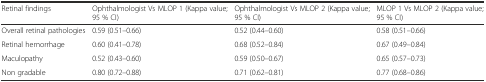
| Retinal findings | Ophthalmologist Vs MLOP 1 (Kappa value; 95 % CI) | Ophthalmologist Vs MLOP 2 (Kappa value; 95 % CI) | MLOP 1 Vs MLOP 2 (Kappa value; 95 % CI) |
 | --- | --- | --- | --- |
 | Overall retinal pathologies | 0.59 (0.51–0.66) | 0.52 (0.44–0.60) | 0.58 (0.51–0.66) |
 | Retinal hemorrhage | 0.60 (0.41–0.78) | 0.68 (0.52–0.84) | 0.67 (0.49–0.84) |
 | Maculopathy | 0.52 (0.43–0.60) | 0.59 (0.50–0.67) | 0.65 (0.57–0.73) |
 | Non gradable | 0.80 (0.72–0.88) | 0.71 (0.62–0.81) | 0.77 (0.68–0.86) |